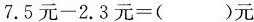
$$7 . 5 元 - 2 . 3 元 = ( ) 元$$